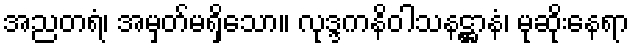
အညတရံ၊ အမှတ်မရှိသော။ လုဒ္ဒကနိဝါသနဋ္ဌာနံ၊ မုဆိုးနေရာ